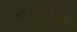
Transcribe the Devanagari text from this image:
ऑक्यूपेशनल